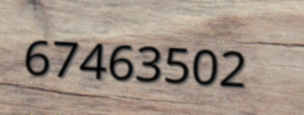
67463502